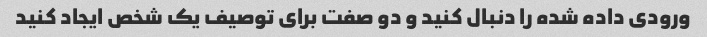
ورودی داده شده را دنبال کنید و دو صفت برای توصیف یک شخص ایجاد کنید